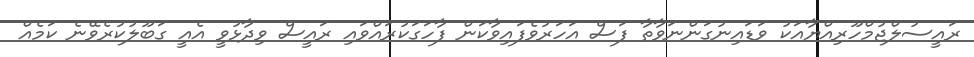
ރައީސުލްޖުމްހޫރިއްޔާއަކު ވަޑައިނުގަންނަވާތާ ފަސް އަހަރުވެފައިވާކަން ފާހަގަކުރައްވައި ރައީސް ވިދާޅުވީ އެއީ ގަބޫލުކުރެވޭނެ ކަމެއް